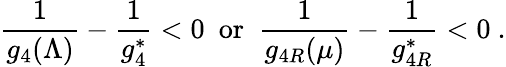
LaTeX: {\frac{1}{g_{4}(\Lambda)}}-{\frac{1}{g_{4}^{\ast}}}<0~~\mathrm{or}~~{\frac{1}{g_{4R}(\mu)}}-{\frac{1}{g_{4R}^{\ast}}}<0~.